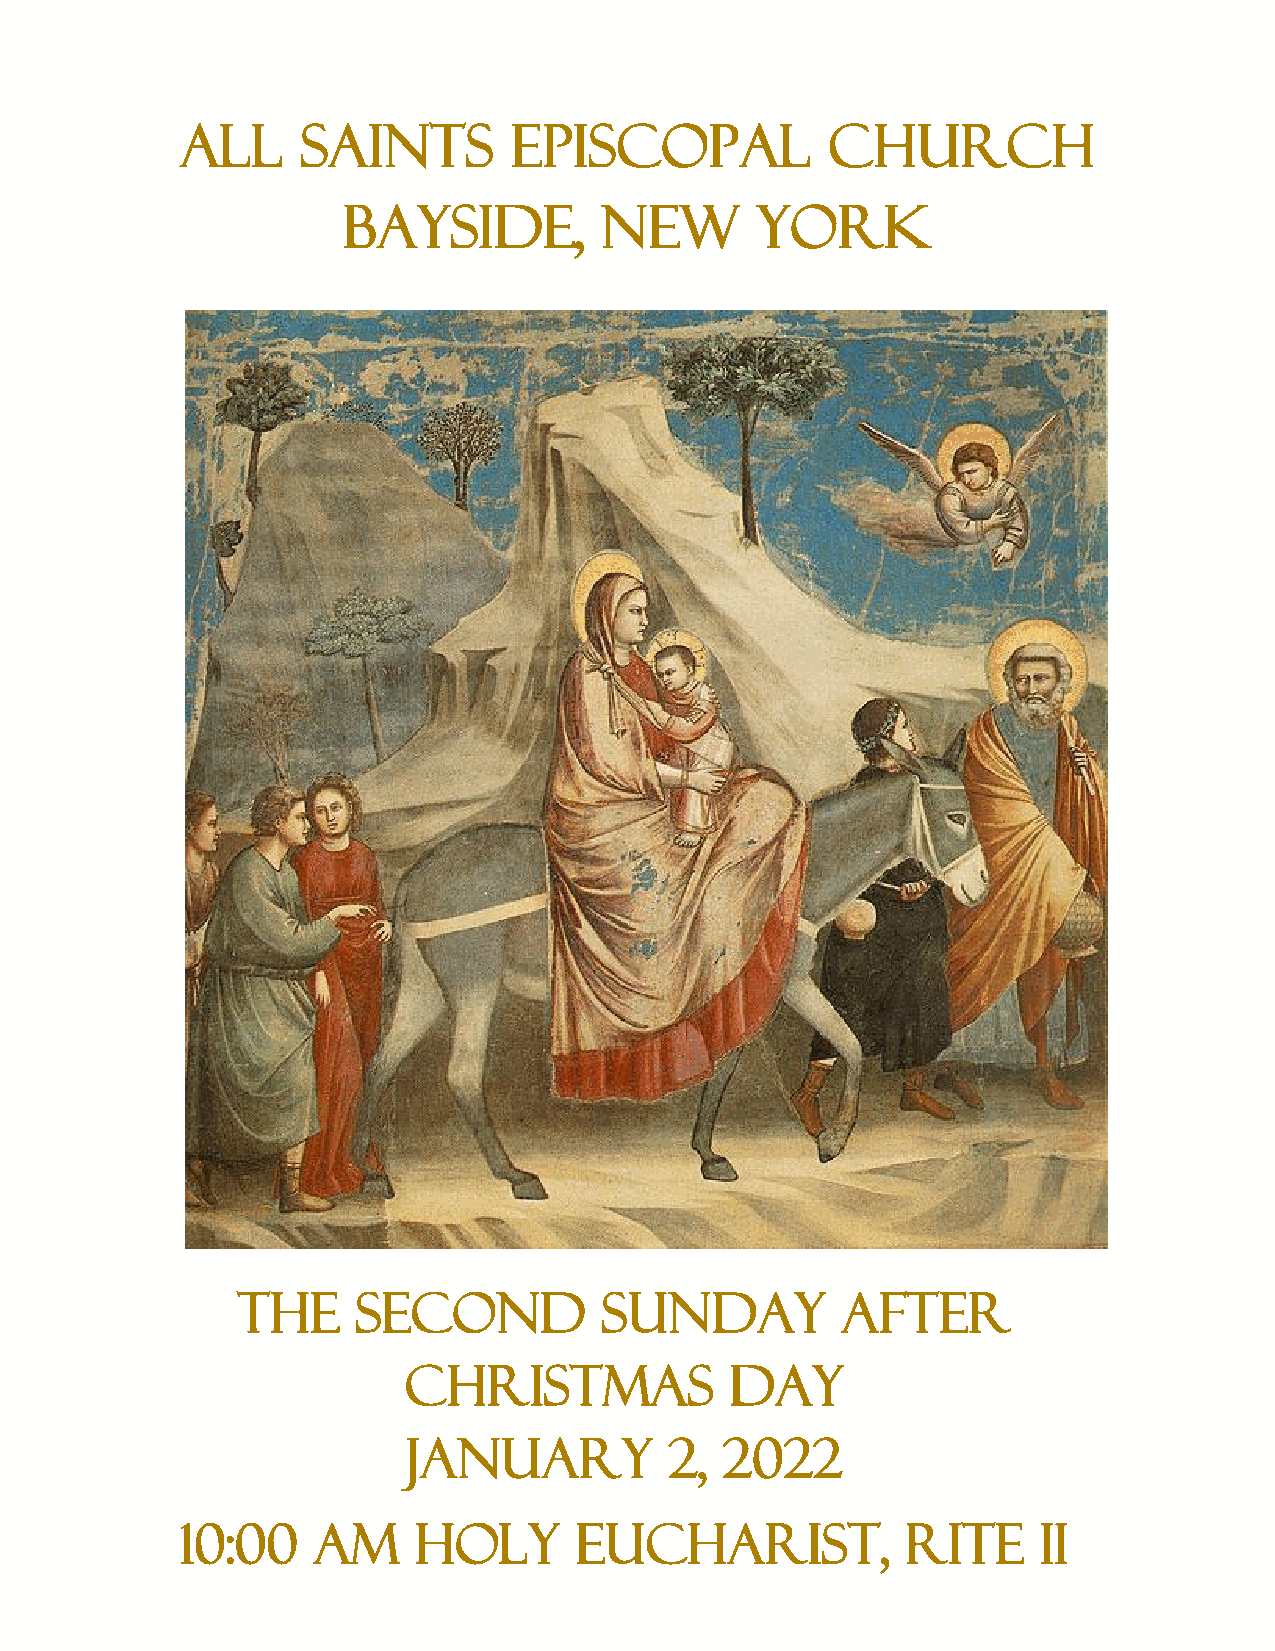
All     Saints        Episcopal            Church
 Bayside,         New       York
 The     Second          Sunday          after
 Christmas            Day
 January          2,  2022
 10:00    Am    Holy       Eucharist,            Rite     II